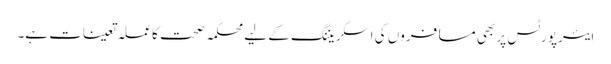
ایئرپورٹس پر بھی مسافروں کی اسکریننگ کے لیے محکمہ صحت کا عملہ تعینات ہے۔